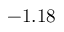
- 1 . 1 8